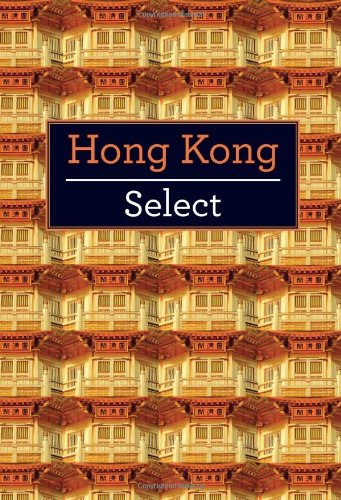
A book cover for Hong Kong (Select); Andrew Dembina; Travel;